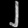
Digit: ၂